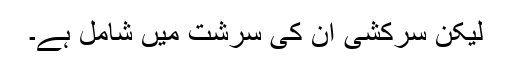
لیکن سرکشی ان کی سرشت میں شامل ہے۔